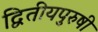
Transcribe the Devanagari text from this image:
द्वितीयपुरुषी